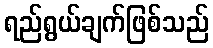
ရည်ရွယ်ချက်ဖြစ်သည်